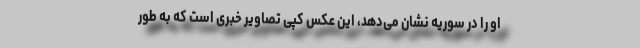
او را در سوریه نشان می‌دهد، این عکس کپی تصاویر خبری است که به طور